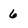
Character: 6